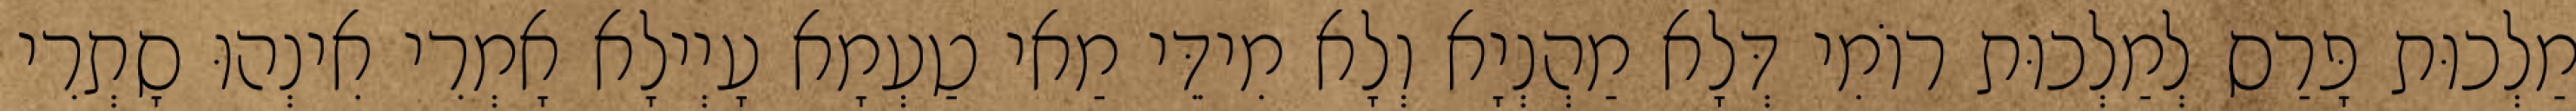
מַלְכוּת פָּרַס לְמַלְכוּת רוֹמִי דְּלָא מַהְנְיָא וְלָא מִידֵּי מַאי טַעְמָא עָיְילָא אָמְרִי אִינְהוּ סָתְרִי